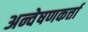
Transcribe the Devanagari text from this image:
अन्वेषणकर्त्ता